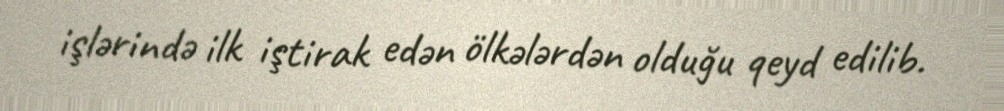
işlərində ilk iştirak edən ölkələrdən olduğu qeyd edilib.